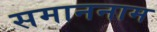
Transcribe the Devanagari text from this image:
समाननाम